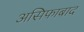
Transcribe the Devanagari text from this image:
असिफाबाद